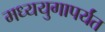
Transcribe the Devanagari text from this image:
मध्ययुगापर्यंत